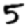
Digit: 5